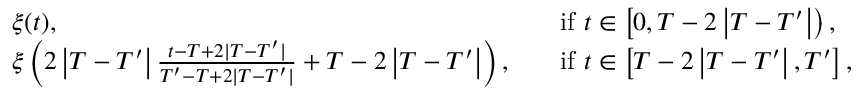
\begin{array} { r l r l } & { \xi ( t ) , } & & { \mathrm { i f ~ } t \in \left[ 0 , T - 2 \left| T - T ^ { \prime } \right| \right) , } \\ & { \xi \left( 2 \left| T - T ^ { \prime } \right| \frac { t - T + 2 | T - T ^ { \prime } | } { T ^ { \prime } - T + 2 | T - T ^ { \prime } | } + T - 2 \left| T - T ^ { \prime } \right| \right) , } & & { \mathrm { i f ~ } t \in \left[ T - 2 \left| T - T ^ { \prime } \right| , T ^ { \prime } \right] , } \end{array}